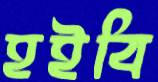
হইবি